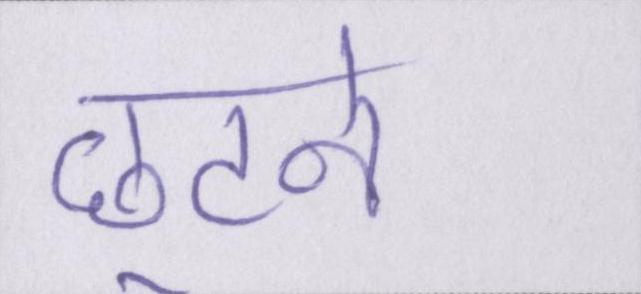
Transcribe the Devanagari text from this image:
छूटने